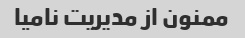
ممنون از مدیریت نامیا